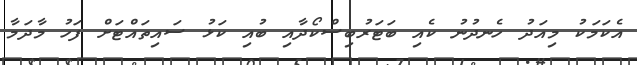
އެކަމަކު މިއަދު ހެނދުނު ކެއި ބަޓަރުބިސްކޯދާއި ބުއި ކަޅު ސައިތައްޓަށް ފަހު މާދަމާ